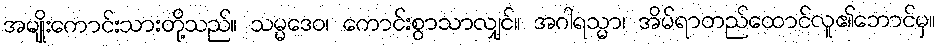
အမျိုးကောင်းသားတို့သည်။ သမ္မဒေဝ၊ ကောင်းစွာသာလျှင်။ အဂါရသ္မာ၊ အိမ်ရာတည်ထောင်လူ၏ဘောင်မှ။